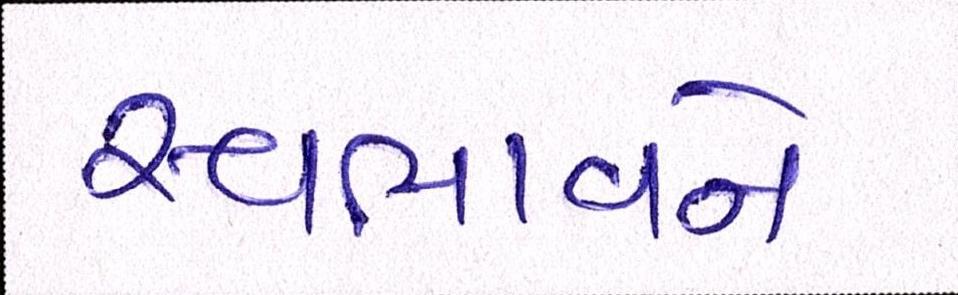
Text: સ્વભાવને